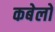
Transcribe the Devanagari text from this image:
कबेलो